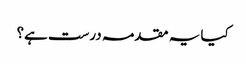
کیا یہ مقدمہ درست ہے؟